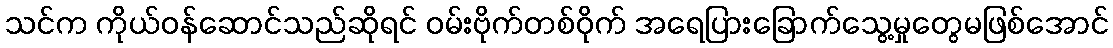
သင်က ကိုယ်ဝန်ဆောင်သည်ဆိုရင် ဝမ်းဗိုက်တစ်ဝိုက် အရေပြားခြောက်သွေ့မှုတွေမဖြစ်အောင်